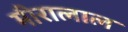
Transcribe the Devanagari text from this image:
मीरालाल